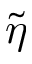
\tilde { \eta }